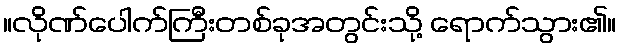
။လိုဏ်ပေါက်ကြီးတစ်ခုအတွင်းသို့ ရောက်သွား၏။